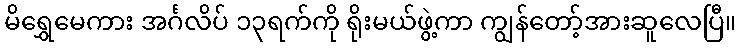
မိရွှေမေကား အင်္ဂလိပ် ၁၃ရက်ကို ရိုးမယ်ဖွဲ့ကာ ကျွန်တော့်အားဆူလေပြီ။